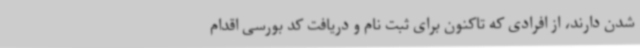
شدن دارند، از افرادی که تاکنون برای ثبت نام و دریافت کد بورسی اقدام